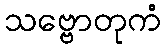
သဗ္ဗောတုကံ